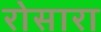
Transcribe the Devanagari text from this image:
रोसारा